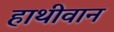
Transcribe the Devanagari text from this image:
हाथीवान